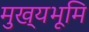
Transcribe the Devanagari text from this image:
मुख्‍यभूमि